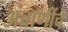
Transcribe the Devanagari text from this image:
अंबाणींचे